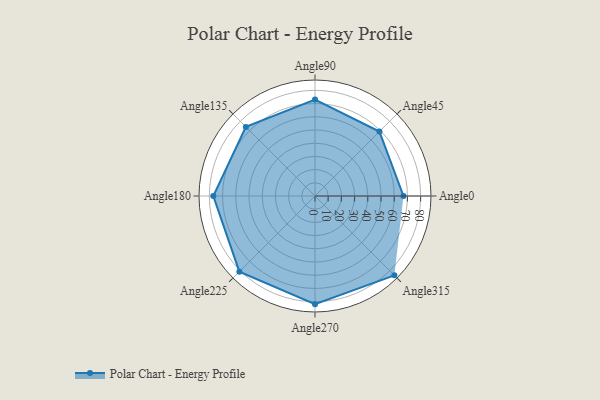
{"axis": {"x": "Angle", "y": "Radius"}, "legend": [""], "data": [{"x": "Angle0", "y": 67.0, "type": ""}, {"x": "Angle45", "y": 69.0, "type": ""}, {"x": "Angle90", "y": 73.0, "type": ""}, {"x": "Angle135", "y": 74.0, "type": ""}, {"x": "Angle180", "y": 77.0, "type": ""}, {"x": "Angle225", "y": 81.0, "type": ""}, {"x": "Angle270", "y": 82.0, "type": ""}, {"x": "Angle315", "y": 85.0, "type": ""}]}